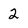
Character: 2